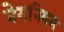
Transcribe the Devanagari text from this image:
नेमनियम